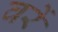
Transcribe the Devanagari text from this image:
वरें